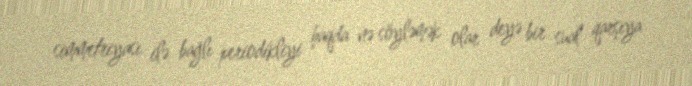
simmetriyası ilə bağlı periodikliyi haqda nə söyləmək olar deyə bir sual qarşıya